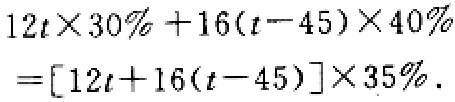
\[
\begin{align*}
12t\times30\%+16(t - 45)\times40\%&=[12t + 16(t - 45)]\times35\%.
\end{align*}
\]